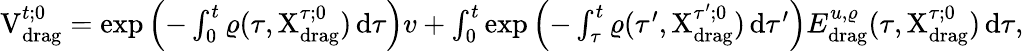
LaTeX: \begin{array}{r}{\mathrm{V}_{\mathrm{drag}}^{t;0}=\exp\left(-\int_{0}^{t}\varrho(\tau,\mathrm{X}_{\mathrm{drag}}^{\tau;0})\, \mathrm{d}\tau\right)v+\int_{0}^{t}\exp\left(-\int_{\tau}^{t}\varrho(\tau^{\prime},\mathrm{X}_{\mathrm{drag}}^{\tau^{\prime};0})\, \mathrm{d}\tau^{\prime}\right)E_{\mathrm{drag}}^{u,\varrho}(\tau,\mathrm{X}_{\mathrm{drag}}^{\tau;0})\, \mathrm{d}\tau,}\end{array}